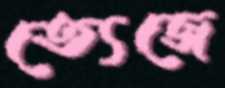
ত্যেজে